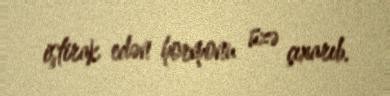
iştirak edən hormonu üzə çıxarıb.